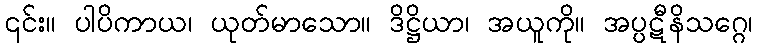
၎င်း။ ပါပိကာယ၊ ယုတ်မာသော။ ဒိဋ္ဌိယာ၊ အယူကို။ အပ္ပဋီနိသဂ္ဂေ၊